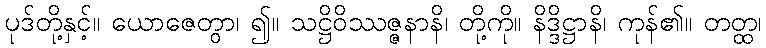
ပုဒ်တို့နှင့်။ ယောဇေတွာ၊ ၍။ သဋ္ဌိဝိဿဇ္ဇနာနိ၊ တို့ကို။ နိဒ္ဒိဋ္ဌာနိ၊ ကုန်၏။ တတ္ထ၊